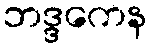
ဘဒ္ဒကေန